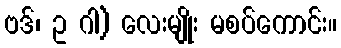
ဗဒ်၊ ဥ ဂါ) လေးမျိုး မစပ်ကောင်း။